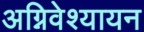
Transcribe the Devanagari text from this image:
अग्निवेश्यायन